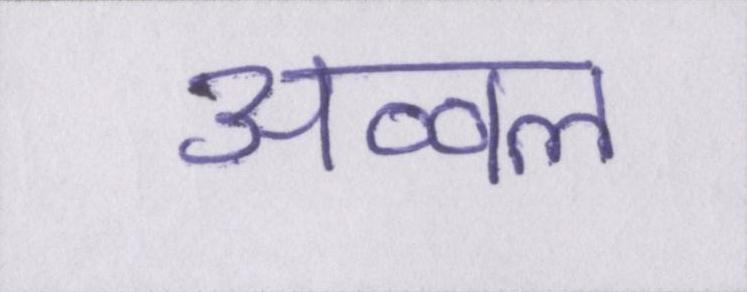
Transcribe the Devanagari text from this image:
अव्वल